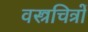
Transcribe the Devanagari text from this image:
वस्त्रचित्रों